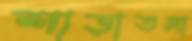
শাড়াতলা